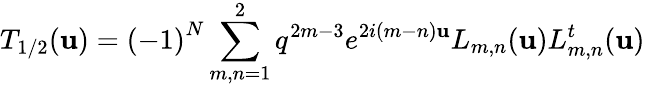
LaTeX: T_{1/2}(\mathbf{u})={(-1)}^{N}\displaystyle\sum_{m,n=1}^{2}q^{2m-3}e^{2i(m-n)\mathbf{u}}L_{m,n}(\mathbf{u})L_{m,n}^{t}(\mathbf{u})